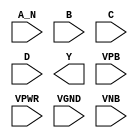
module sky130_fd_sc_hd__nand4b (
    //# {{data|Data Signals}}
    input  A_N ,
    input  B   ,
    input  C   ,
    input  D   ,
    output Y   ,

    //# {{power|Power}}
    input  VPB ,
    input  VPWR,
    input  VGND,
    input  VNB
);
endmodule